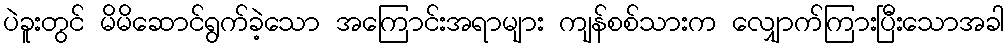
ပဲခူးတွင် မိမိဆောင်ရွက်ခဲ့သော အကြောင်းအရာများ ကျန်စစ်သားက လျှောက်ကြားပြီးသောအခါ